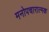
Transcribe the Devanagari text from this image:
मनोपचारात्मक